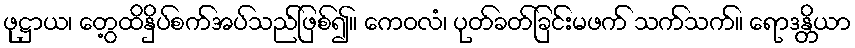
ဖုဋ္ဌာယ၊ တွေ့ထိနှိပ်စက်အပ်သည်ဖြစ်၍။ ကေဝလံ၊ ပုတ်ခတ်ခြင်းမဖက် သက်သက်။ ရောဒန္တိယာ